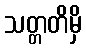
သတ္တတိမှိ